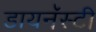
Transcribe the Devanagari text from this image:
डायनॅस्टी